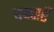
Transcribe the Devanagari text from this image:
घबराएँ